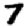
Digit: 7